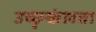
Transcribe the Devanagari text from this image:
उच्छृखंलता